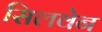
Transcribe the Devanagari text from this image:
सिलवेन